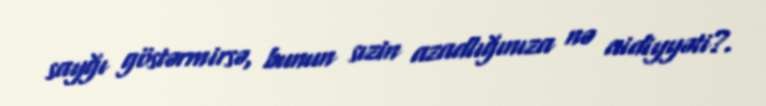
sayğı göstərmirsə, bunun sızin azadlığınıza nə aidiyyəti?.